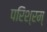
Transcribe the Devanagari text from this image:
परिश्रम्